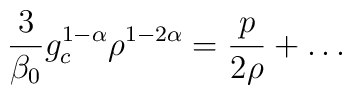
\frac{3}{\beta_0}g_c^{1-\alpha}\rho^{1-2\alpha}=\frac{p}{2\rho}+\ldots\,